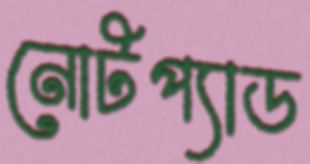
নোটপ্যাড